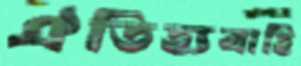
ঐতিহ্যবাহি